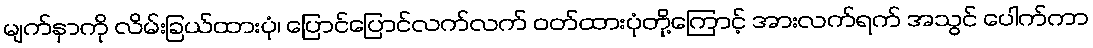
မျက်နှာကို လိမ်းခြယ်ထားပုံ၊ ပြောင်ပြောင်လက်လက် ဝတ်ထားပုံတို့ကြောင့် အားလက်ရက် အသွင် ပေါက်ကာ